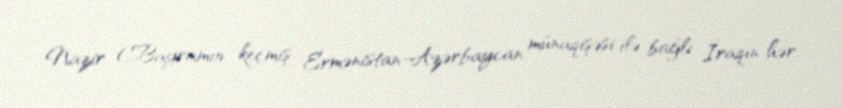
Nazir C.Bayramov keçmiş Ermənistan-Azərbaycan münaqişəsi ilə bağlı İraqın hər